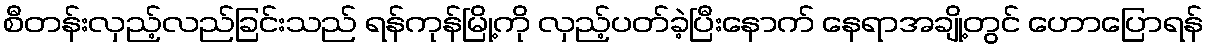
စီတန်းလှည့်လည်ခြင်းသည် ရန်ကုန်မြို့ကို လှည့်ပတ်ခဲ့ပြီးနောက် နေရာအချို့တွင် ဟောပြောရန်